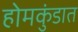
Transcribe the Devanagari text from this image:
होमकुंडात